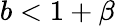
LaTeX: b<1+\beta